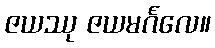
ဇယဿု ဇယမင်္ဂလေ။